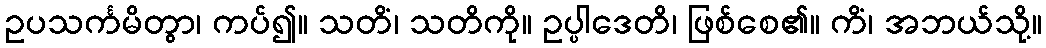
ဥပသင်္ကမိတွာ၊ ကပ်၍။ သတိံ၊ သတိကို။ ဥပ္ပါဒေတိ၊ ဖြစ်စေ၏။ ကိံ၊ အဘယ်သို့။